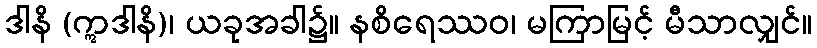
ဒါနိ (ဣဒါနိ)၊ ယခုအခါ၌။ နစိရေဿဝ၊ မကြာမြင့် မီသာလျှင်။